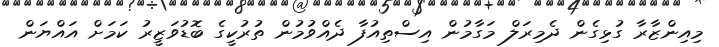
މިއިންޒާރާ ގުޅިގެން ދެމިރަލް މަގާމުން އިސްތިއުފާ ދެއްވުމުން ތުރުކީގެ ބޮޑުވަޒީރު ކަމަށް އައްޔަން